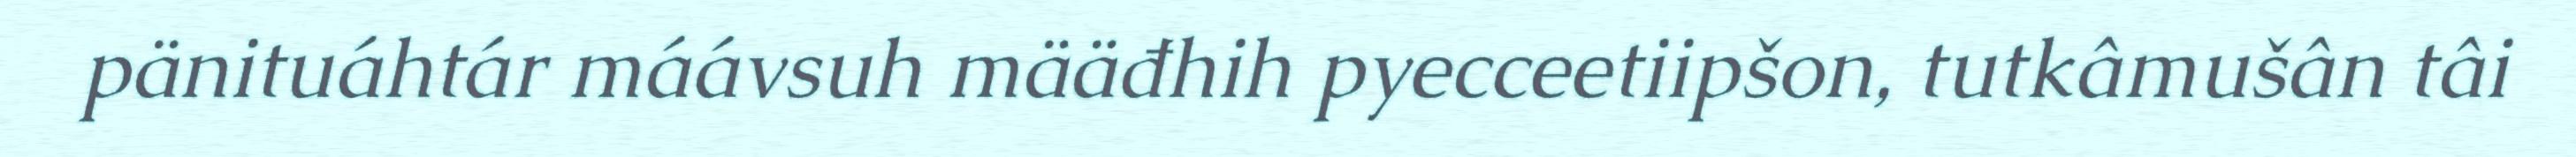
pänituáhtár máávsuh määđhih pyecceetiipšon, tutkâmušân tâi